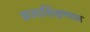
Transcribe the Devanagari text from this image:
कलाशिक्षणास